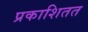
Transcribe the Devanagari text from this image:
प्रकाशितत